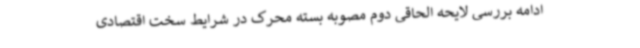
ادامه بررسی لایحه الحاقی دوم مصوبه بسته محرک در شرایط سخت اقتصادی